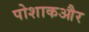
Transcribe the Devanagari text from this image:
पोशाकऔर